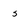
Character: s